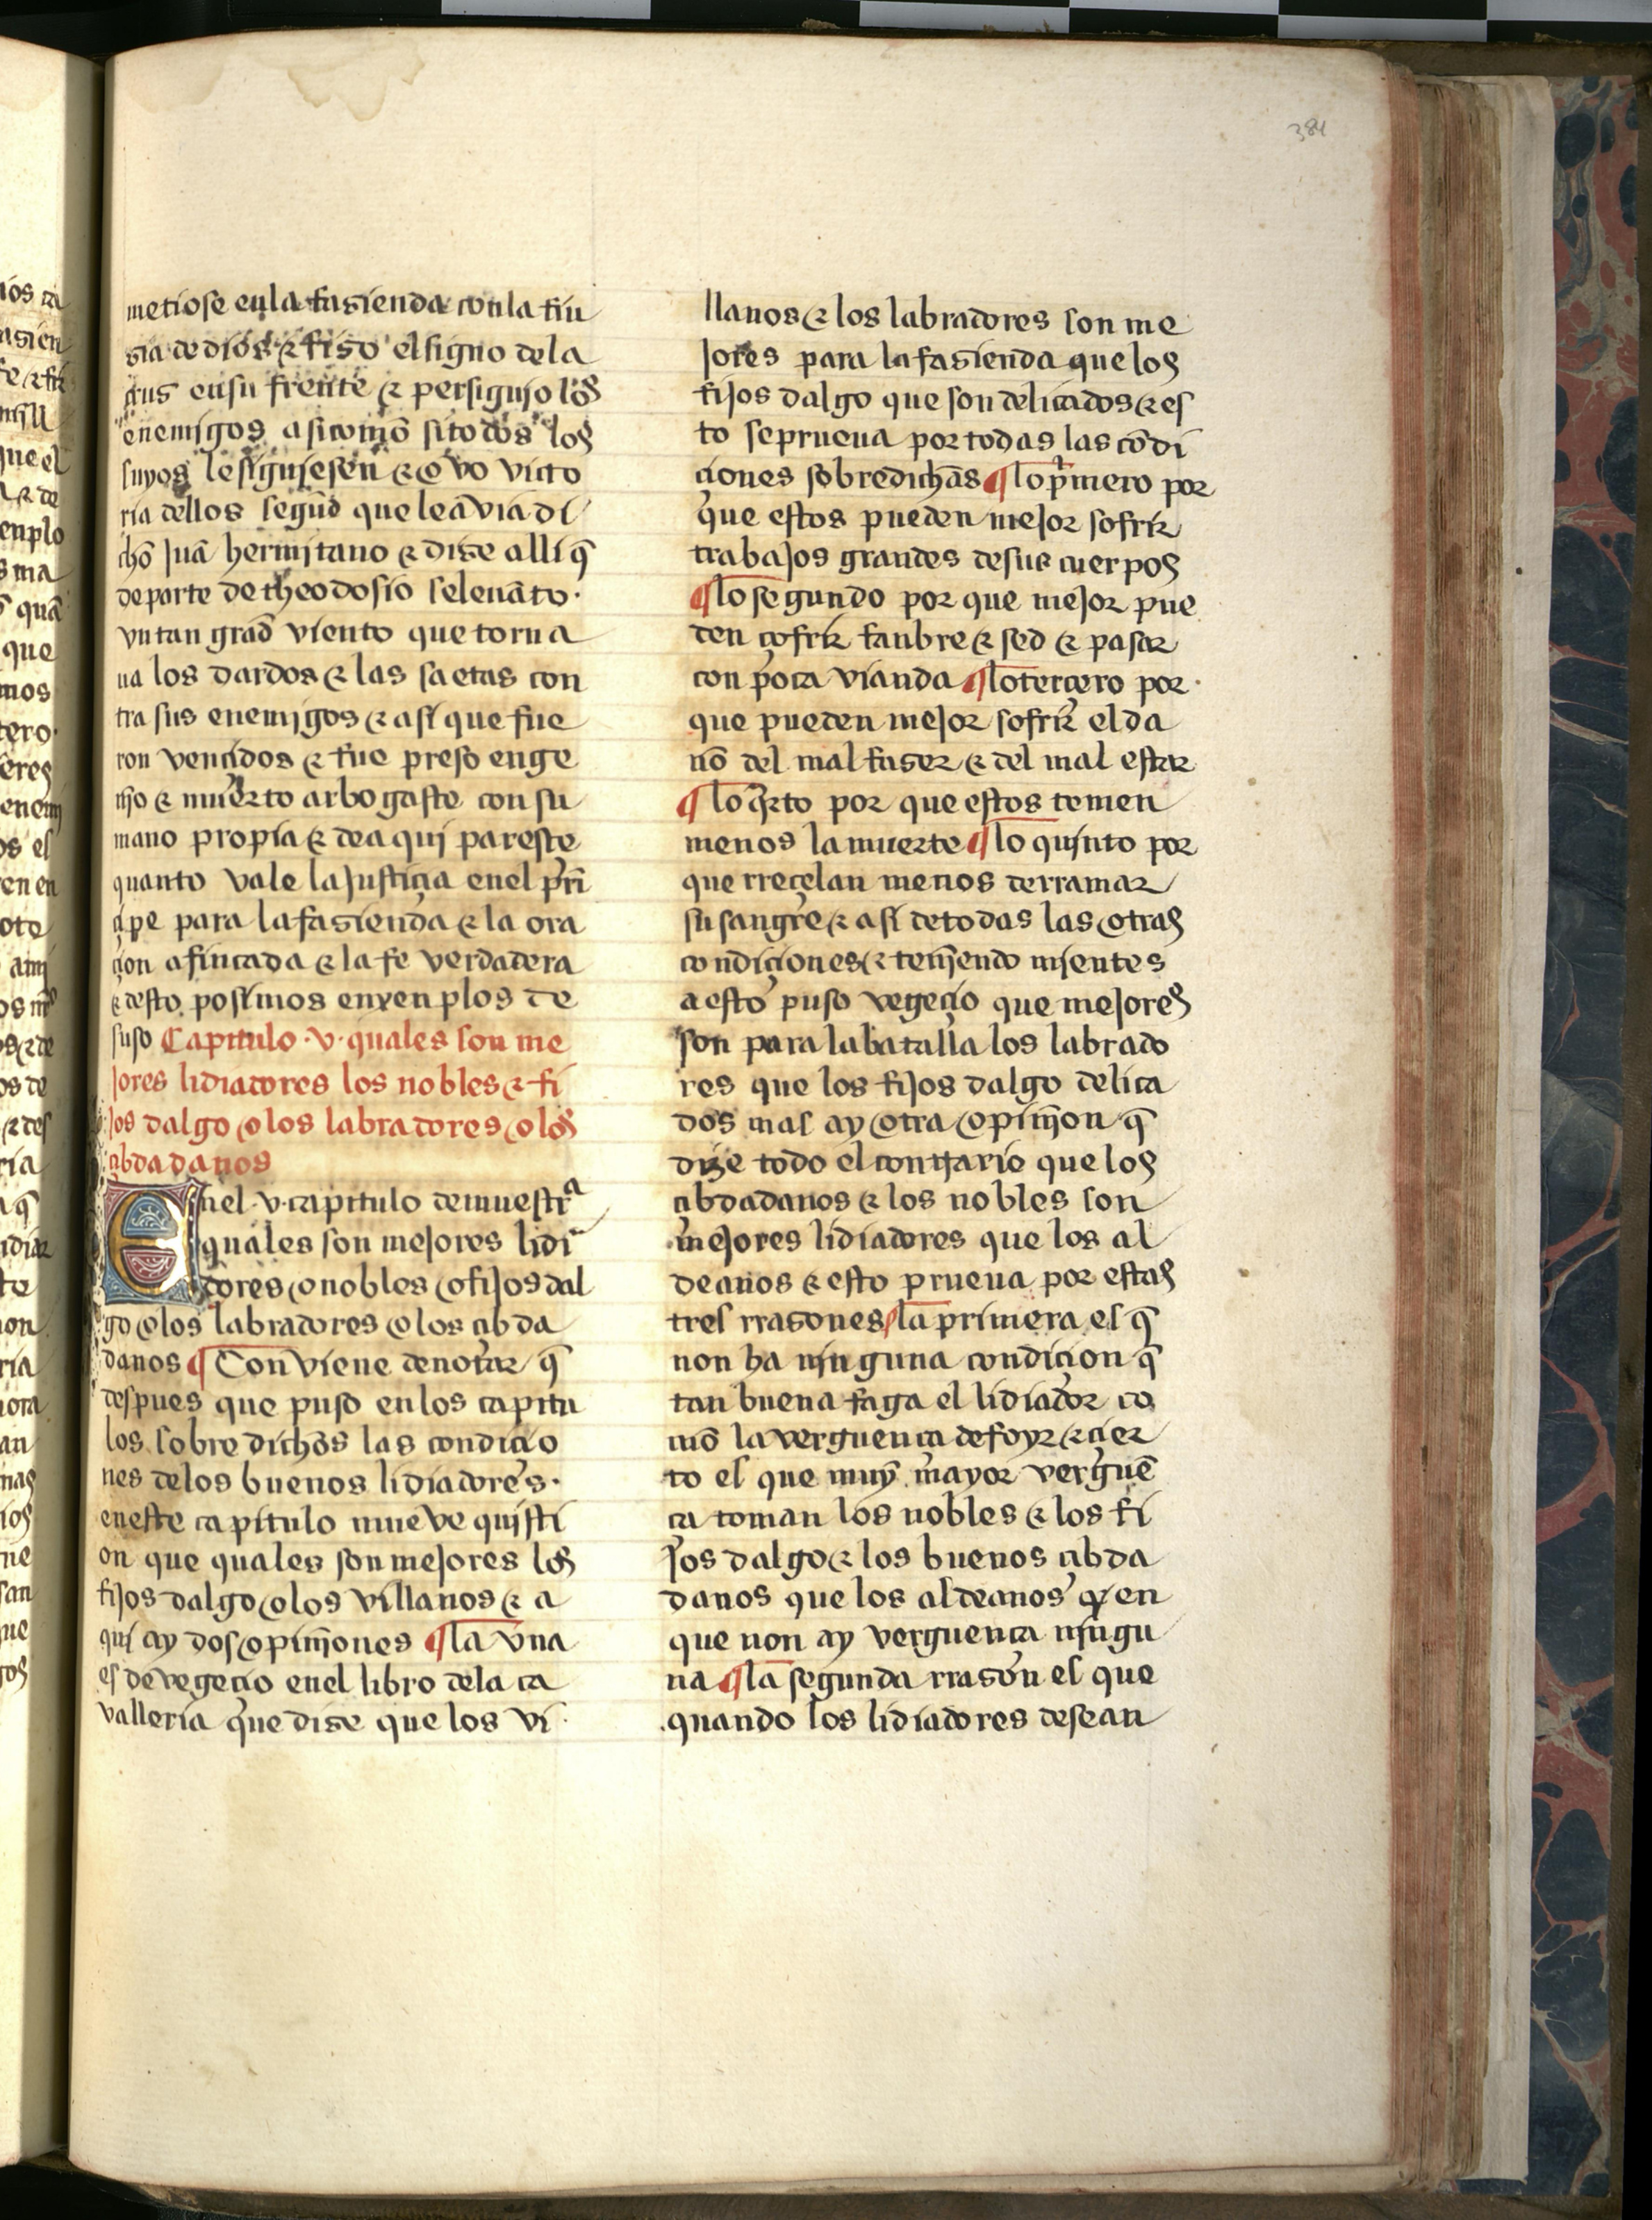
Shelfmark: Salamanca, Biblioteca Histórica USAL, 2709
Century: 15